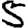
Digit: 5